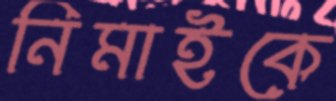
নিমাইকে